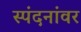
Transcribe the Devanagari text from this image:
स्पंदनांवर